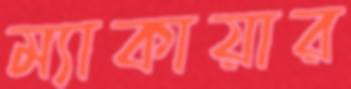
ম্যাকায়ার